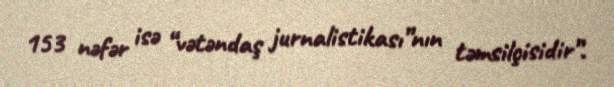
153 nəfər isə “vətəndaş jurnalistikası”nın təmsilçisidir”.